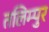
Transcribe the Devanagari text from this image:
तलिम्पुर